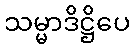
သမ္မာဒိဋ္ဌိပေ